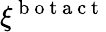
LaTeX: \xi^{\mathrm{~b~o~t~a~c~t~}}